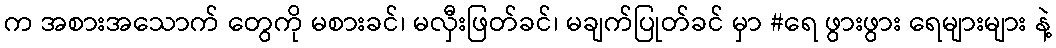
က အစားအသောက် တွေကို မစားခင်၊ မလှီးဖြတ်ခင်၊ မချက်ပြုတ်ခင် မှာ #ရေ ဖွားဖွား ရေများများ နဲ့